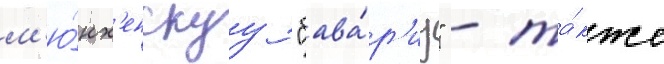
м'ю́нх'енскуу "бава́р'иу" - та́кже